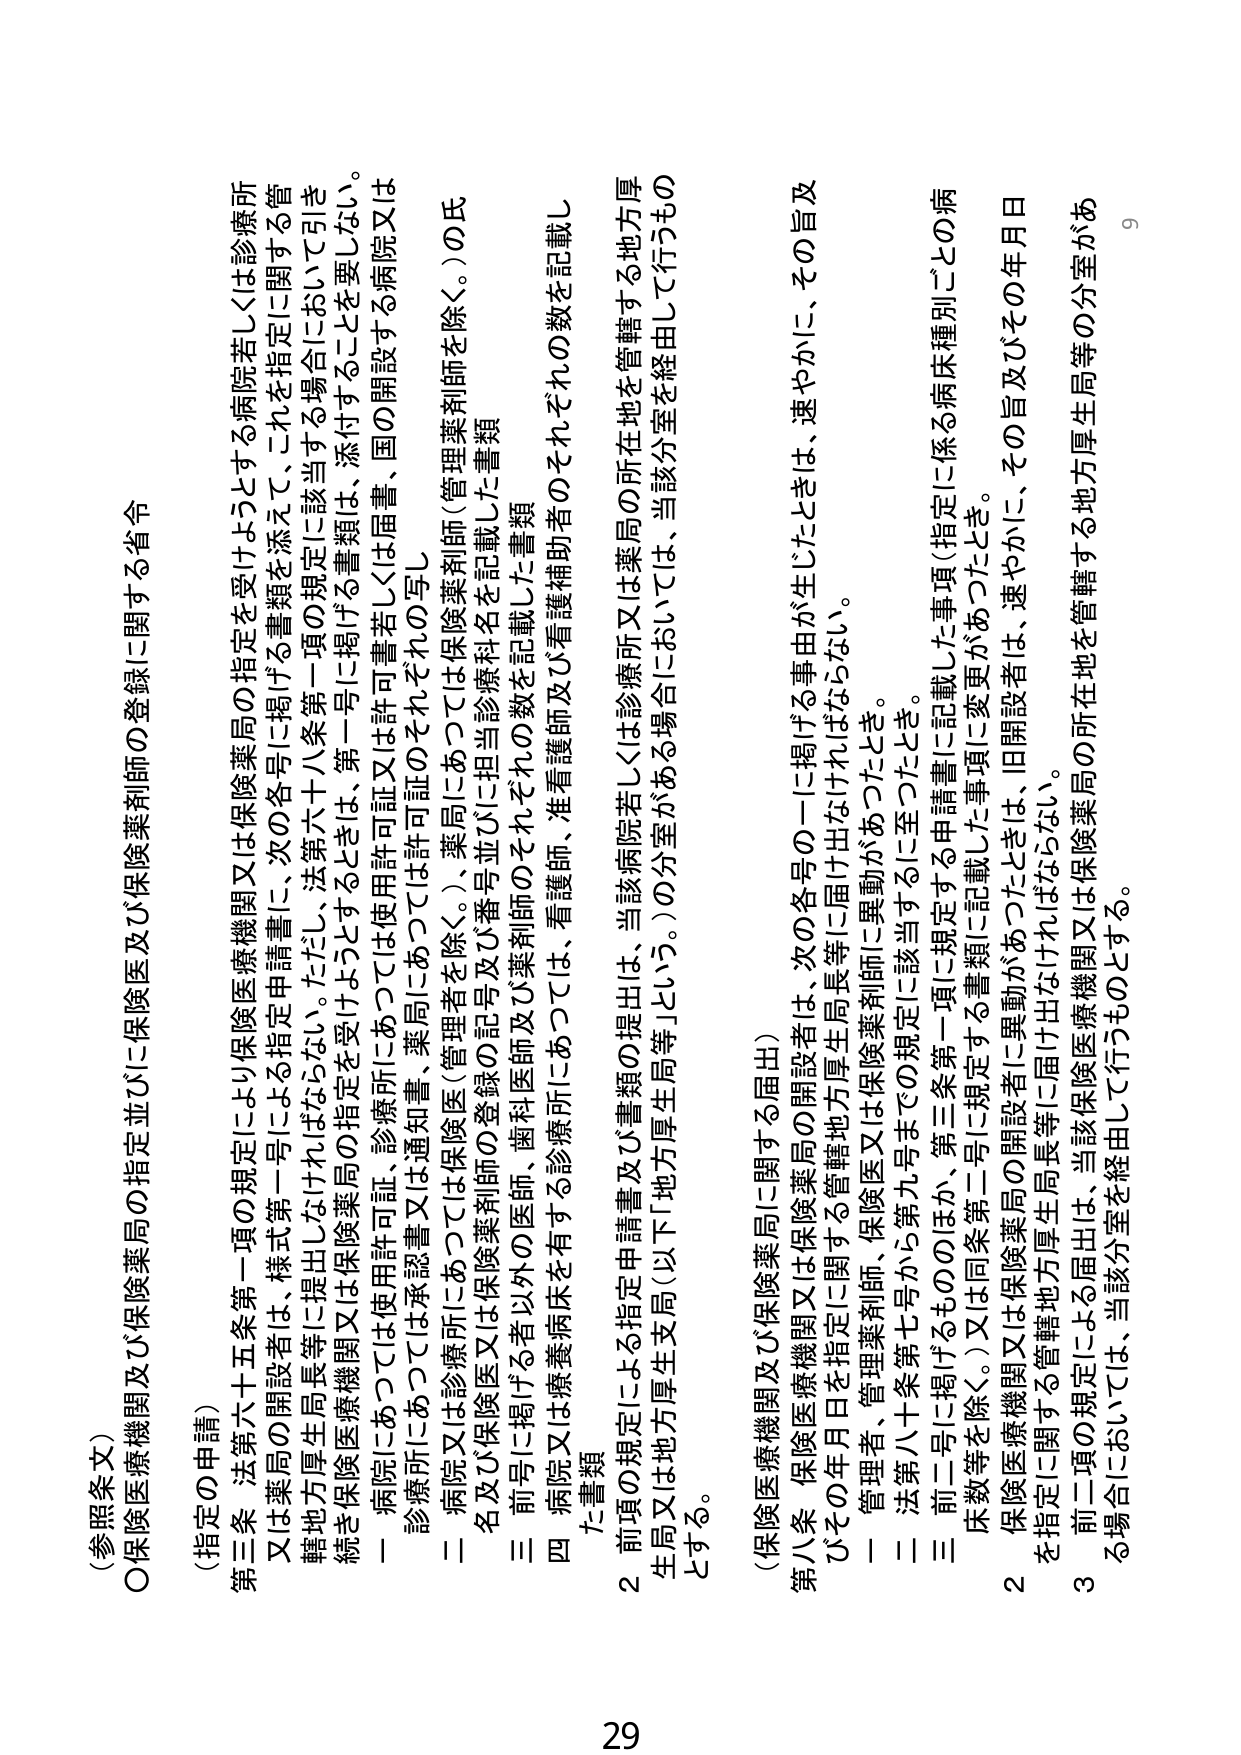
（参照条文）
○保険医療機関及び保険薬局の指定並びに保険薬剤師の登録に関する省令

（指定の申請）
第三条 法第六十五条第一項の規定により保険医療機関又は保険薬局の指定を受けようとする病院若しくは診療所又は薬局の開設者は、様式第一号による指定申請書に、次の各号に掲げる書類を添えて、これを指定に関する管轄地方厚生局長等に提出しなければならない。ただし、法第六十八条第一項の規定に該当する場合において引き続き保険医療機関又は保険薬局の指定を受けようとするときは、第一号に掲げる書類は、添付することを要しない。

一 病院にあつては使用許可証、診療所にあつては使用許可証又は許可書若しくは届書、国の開設する病院又は診療所にあつては承認書又は通知書、薬局にあつては許可証のそれぞれの写し

二 病院又は診療所にあつては保険医（管理者を除く。）、薬局にあつては保険薬剤師（管理薬剤師を除く。）の氏名及び保険医又は保険薬剤師の登録の記号並びに担当診療科名を記載した書類

三 前号に掲げる者以外の医師、歯科医師及び薬剤師のそれぞれの数を記載した書類

四 病院又は療養病床を有する診療所にあつては、看護師、准看護師及び看護補助者のそれぞれの数を記載した書類

２ 前項の規定による指定申請書及び書類の提出は、当該病院若しくは診療所又は薬局の所在地を管轄する地方厚生局又は地方厚生支局（以下「地方厚生局等」という。）の分室がある場合においては、当該分室を経由して行うものとする。

（保険医療機関及び保険薬局に関する届出）
第八条 保険医療機関又は保険薬局の開設者は、次の各号の一に掲げる事由が生じたときは、速やかに、その旨及びその年月日を指定に関する管轄地方厚生局長等に届け出なければならない。

一 管理者、管理薬剤師、保険医又は保険薬剤師に異動があったとき。

二 法第八十条第七号から第九号まで の規定に該当するに至ったとき。

三 前二号に掲げるもののほか、第三条第一項に規定する申請書に記載した事項（指定に係る病床種別ごとの病床数等を除く。）又は同条第二号に規定する書類に記載した事項に変更があったとき。

２ 保険医療機関又は保険薬局の開設者に異動があったときは、旧開設者は、速やかに、その旨及びその年月日を指定に関する管轄地方厚生局長等に届け出なければならない。

３ 前二項の規定による届出は、当該保険医療機関又は保険薬局の所在地を管轄する地方厚生局等の分室がある場合においては、当該分室を経由して行うものとする。

29
9